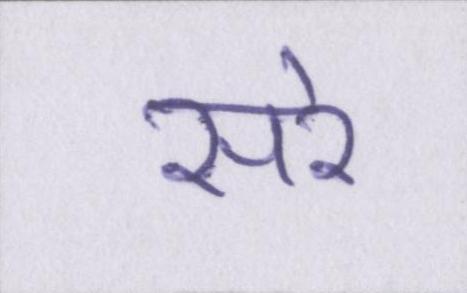
सरे